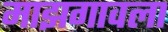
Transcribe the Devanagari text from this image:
माझगावला